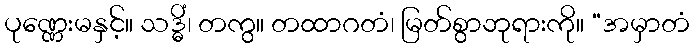
ပုဏ္ဏေးမနှင့်။ သဒ္ဓိံ၊ တကွ။ တထာဂတံ၊ မြတ်စွာဘုရားကို။ “အမှာတံ